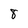
Character: 8